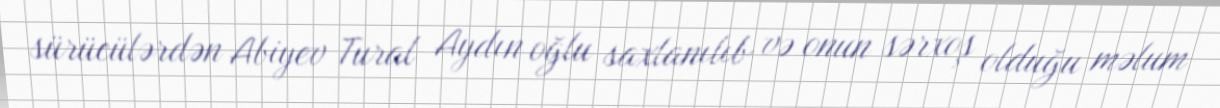
sürücülərdən Abiyev Tural Aydın oğlu saxlanılıb və onun sərxoş olduğu məlum